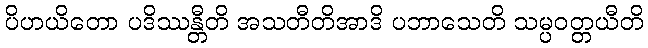
ပိဟယိတော ပဒိဿန္တီတိ အသတီတိအာဒိ ပဘာသေတိ သမ္ပဝတ္တယီတိ